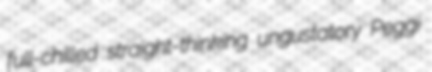
full-chilled straight-thinking ungustatory Peggi